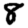
Digit: 8